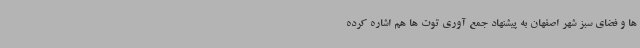
ها و فضای سبز شهر اصفهان به پیشنهاد جمع آوری توت ها هم اشاره کرده